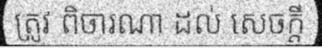
ត្រូវ ពិចារណា ដល់ សេចក្តី